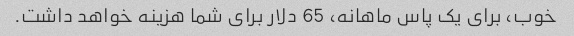
خوب، برای یک پاس ماهانه، 65 دلار برای شما هزینه خواهد داشت.